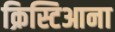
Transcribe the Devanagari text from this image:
क्रिस्टिआना